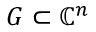
G \subset \mathbb { C } ^ { n }